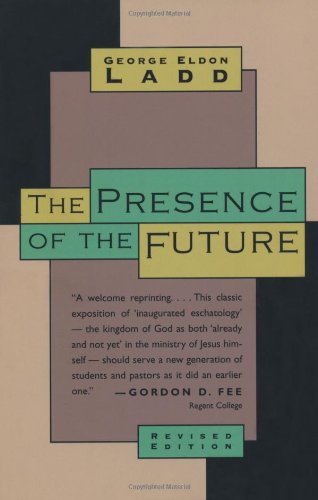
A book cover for The Presence of the Future: The Eschatology of Biblical Realism; George Eldon Ladd; Christian Books & Bibles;